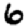
Digit: 6